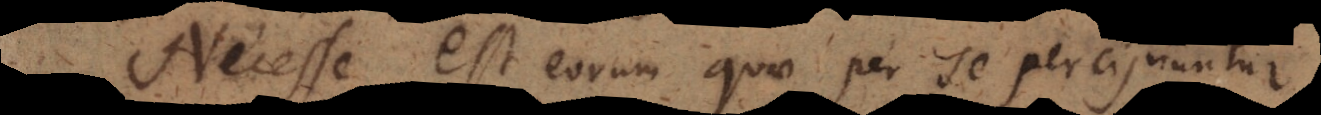
Necesse est eorum quae per se percipiuntur